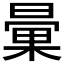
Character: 𣉰